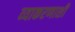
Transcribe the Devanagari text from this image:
व्याकरणाशी